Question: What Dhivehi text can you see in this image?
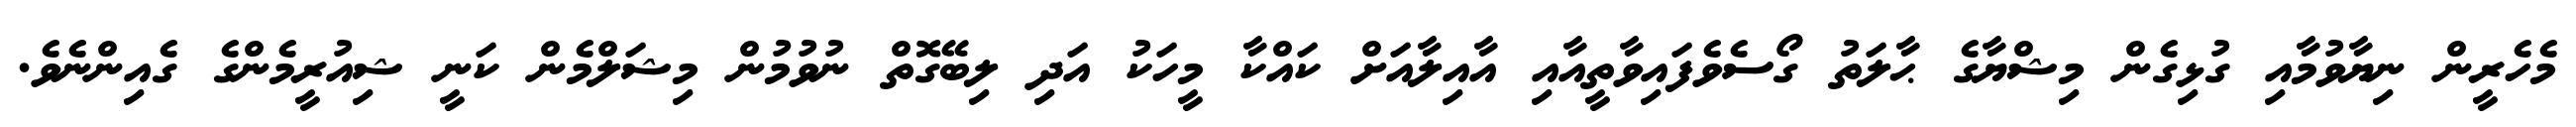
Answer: މެހެރީން ނިޔާވުމާއި ގުޅިގެން މިޝްޔާގެ ޙާލަތު ގޯސެވެފައިވާތީއާއި އާއިލާއަށް ކައްކާ މީހަކު އަދި ލިބޭގޮތް ނުވުމުން މިޝަލްމެން ކަނީ ޝިއުރީމެންގެ ގެއިންނެވެ.